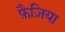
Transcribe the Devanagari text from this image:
फ़ैज़िया